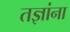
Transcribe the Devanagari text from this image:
तज्ञांना